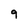
Character: 9